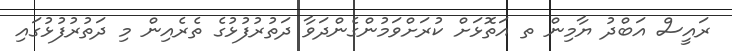
ރައީސް އަބްދު ޔާމިން ތ އަތޮޅަށް ކުރަށްވަމުންގެންދަވާ ދަތުރުފުޅުގެ ތެެރެއިން މި ދަތުރުފުޅުގައި